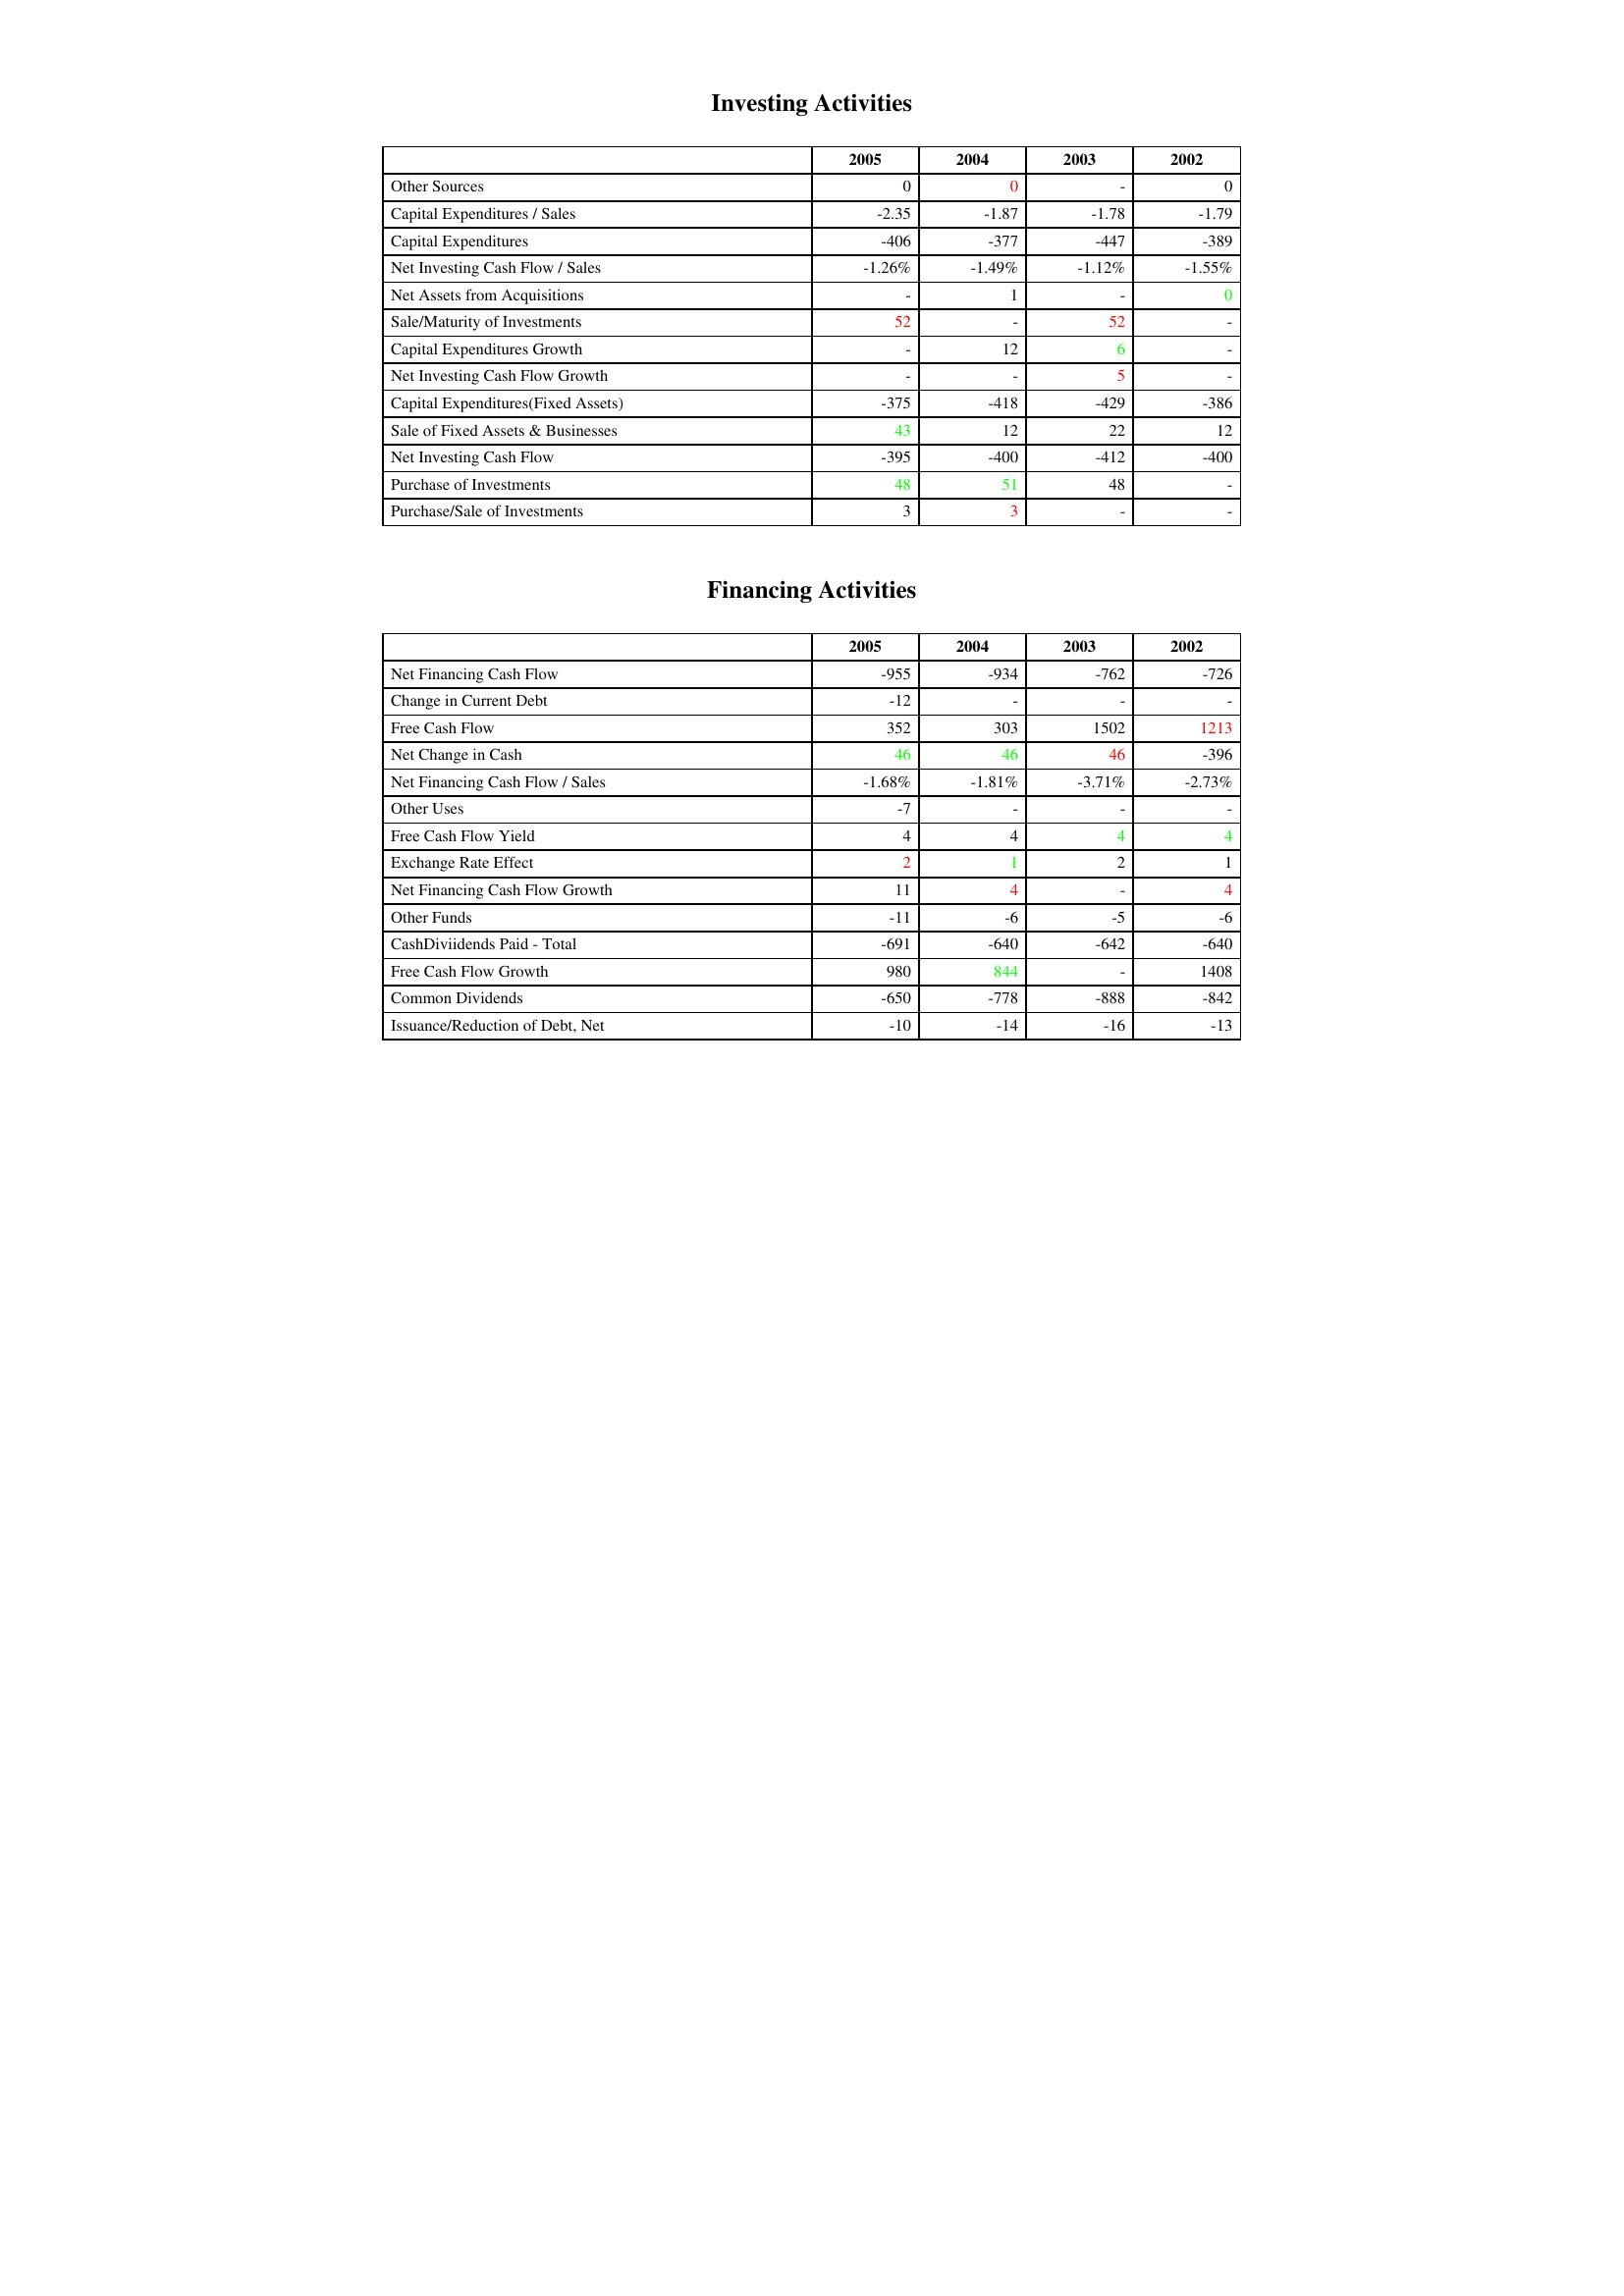
gt_parse: 2005: Investing Activities: Other Sources: 0
Capital Expenditures / Sales: -2.35
Capital Expenditures: -406
Net Investing Cash Flow / Sales: -1.26%
Net Assets from Acquisitions: -
Sale/Maturity of Investments: 52
Capital Expenditures Growth: -
Net Investing Cash Flow Growth: -
Capital Expenditures(Fixed Assets): -375
Sale of Fixed Assets & Businesses: 43
Net Investing Cash Flow: -395
Purchase of Investments: 48
Purchase/Sale of Investments: 3
Financing Activities: Net Financing Cash Flow: -955
Change in Current Debt: -12
Free Cash Flow: 352
Net Change in Cash: 46
Net Financing Cash Flow / Sales: -1.68%
Other Uses: -7
Free Cash Flow Yield: 4
Exchange Rate Effect: 2
Net Financing Cash Flow Growth: 11
Other Funds: -11
CashDiviidends Paid - Total: -691
Free Cash Flow Growth: 980
Common Dividends: -650
Issuance/Reduction of Debt, Net: -10
2004: Investing Activities: Other Sources: 0
Capital Expenditures / Sales: -1.87
Capital Expenditures: -377
Net Investing Cash Flow / Sales: -1.49%
Net Assets from Acquisitions: 1
Sale/Maturity of Investments: -
Capital Expenditures Growth: 12
Net Investing Cash Flow Growth: -
Capital Expenditures(Fixed Assets): -418
Sale of Fixed Assets & Businesses: 12
Net Investing Cash Flow: -400
Purchase of Investments: 51
Purchase/Sale of Investments: 3
Financing Activities: Net Financing Cash Flow: -934
Change in Current Debt: -
Free Cash Flow: 303
Net Change in Cash: 46
Net Financing Cash Flow / Sales: -1.81%
Other Uses: -
Free Cash Flow Yield: 4
Exchange Rate Effect: 1
Net Financing Cash Flow Growth: 4
Other Funds: -6
CashDiviidends Paid - Total: -640
Free Cash Flow Growth: 844
Common Dividends: -778
Issuance/Reduction of Debt, Net: -14
2003: Investing Activities: Other Sources: -
Capital Expenditures / Sales: -1.78
Capital Expenditures: -447
Net Investing Cash Flow / Sales: -1.12%
Net Assets from Acquisitions: -
Sale/Maturity of Investments: 52
Capital Expenditures Growth: 6
Net Investing Cash Flow Growth: 5
Capital Expenditures(Fixed Assets): -429
Sale of Fixed Assets & Businesses: 22
Net Investing Cash Flow: -412
Purchase of Investments: 48
Purchase/Sale of Investments: -
Financing Activities: Net Financing Cash Flow: -762
Change in Current Debt: -
Free Cash Flow: 1502
Net Change in Cash: 46
Net Financing Cash Flow / Sales: -3.71%
Other Uses: -
Free Cash Flow Yield: 4
Exchange Rate Effect: 2
Net Financing Cash Flow Growth: -
Other Funds: -5
CashDiviidends Paid - Total: -642
Free Cash Flow Growth: -
Common Dividends: -888
Issuance/Reduction of Debt, Net: -16
2002: Investing Activities: Other Sources: 0
Capital Expenditures / Sales: -1.79
Capital Expenditures: -389
Net Investing Cash Flow / Sales: -1.55%
Net Assets from Acquisitions: 0
Sale/Maturity of Investments: -
Capital Expenditures Growth: -
Net Investing Cash Flow Growth: -
Capital Expenditures(Fixed Assets): -386
Sale of Fixed Assets & Businesses: 12
Net Investing Cash Flow: -400
Purchase of Investments: -
Purchase/Sale of Investments: -
Financing Activities: Net Financing Cash Flow: -726
Change in Current Debt: -
Free Cash Flow: 1213
Net Change in Cash: -396
Net Financing Cash Flow / Sales: -2.73%
Other Uses: -
Free Cash Flow Yield: 4
Exchange Rate Effect: 1
Net Financing Cash Flow Growth: 4
Other Funds: -6
CashDiviidends Paid - Total: -640
Free Cash Flow Growth: 1408
Common Dividends: -842
Issuance/Reduction of Debt, Net: -13